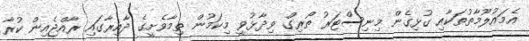
އެމައުލޫމާތުތަކާއި ގުޅިގެން މިނިސްޓަރު ތޯރިގް ވިދާޅުވީ މިކަމުން ތިމާވެށީގެ ދާއިރާގައި ރާއްޖެއިން ކުރާ